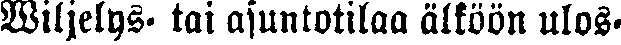
Wiljelys- tai asuntotilaa älköön ulos-